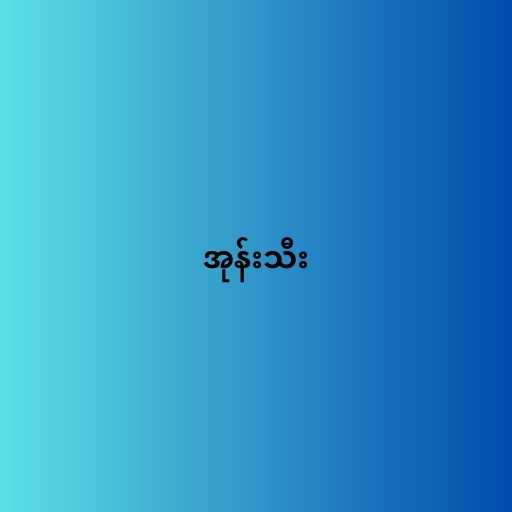
အုန်းသီး